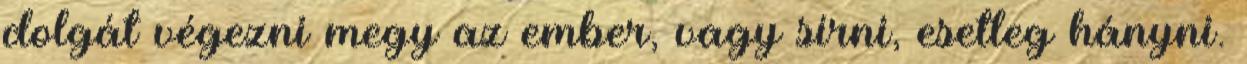
dolgát végezni megy az ember, vagy sírni, esetleg hányni.